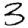
Digit: 3